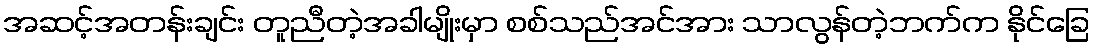
အဆင့်အတန်းချင်း တူညီတဲ့အခါမျိုးမှာ စစ်သည်အင်အား သာလွန်တဲ့ဘက်က နိုင်ခြေ